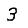
Digit: 3